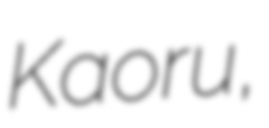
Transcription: Kaoru,